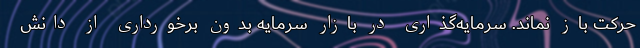
حرکت باز نماند. سرمایه‌گذاری در بازار سرمایه بدون برخورداری از دانش